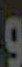
و